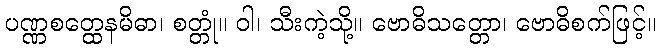
ပဏ္ဏစတ္ထေနမိဓာ၊ စတ္တုံ။ ဝါ၊ သီးကဲ့သို့။ ဗောဓိသတ္တော၊ ဗောဓိစက်ဖြင့်။